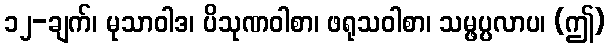
၁၂-ချက်၊ မုသာဝါဒ၊ ပိသုဏဝါစာ၊ ဖရုသဝါစာ၊ သမ္ဖပ္ပလာပ၊ (ဤ)